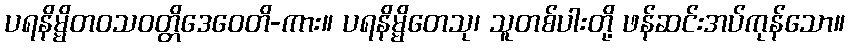
ပရနိမ္မိတဝသဝတ္တိဒေဝေတိ-ကား။ ပရနိမ္မိတေသု၊ သူတစ်ပါးတို့ ဖန်ဆင်းအပ်ကုန်သော။